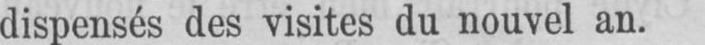
dispensés des visites du nouvel an.